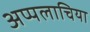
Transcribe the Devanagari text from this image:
अप्पलाचिया